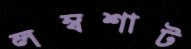
লম্বশাট